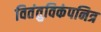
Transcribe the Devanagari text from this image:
वितंतुविकंपनित्र